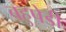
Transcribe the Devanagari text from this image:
बहुपेडी